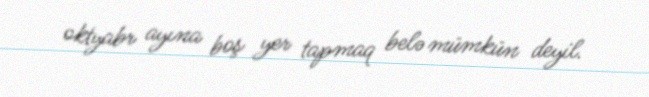
oktyabr ayına boş yer tapmaq belə mümkün deyil.